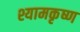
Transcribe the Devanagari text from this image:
श्यामकृष्ण